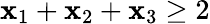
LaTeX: \mathbf{x}_{1}+\mathbf{x}_{2}+\mathbf{x}_{3}\geq2